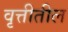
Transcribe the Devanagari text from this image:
वृत्तीतील